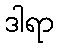
ဒါရာ